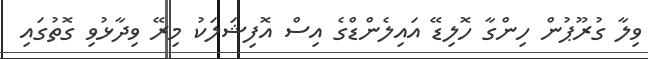
ވިލާ ގުރޫޕުން ހިންގާ ހޮލިޑޭ އައިލެންޑްގެ އިސް އޮފިޝަލަކު މިރޭ ވިދާޅުވި ގޮތުގައި